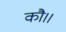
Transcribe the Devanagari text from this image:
कौ।।